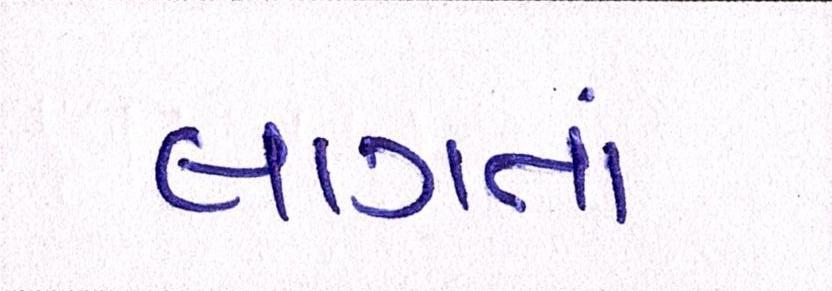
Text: લાગતાં